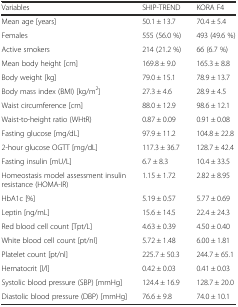
| Variables | SHIP-TREND | KORA F4 |
 | --- | --- | --- |
 | Mean age [years] | 50.1 ± 13.7 | 70.4 ± 5.4 |
 | Females | 555 (56.0 %) | 493 (49.6 %) |
 | Active smokers | 214 (21.2 %) | 66 (6.7 %) |
 | Mean body height [cm] | 169.8 ± 9.0 | 165.3 ± 8.8 |
 | Body weight [kg] | 79.0 ± 15.1 | 78.9 ± 13.7 |
 | Body mass index (BMI) [kg/m2] | 27.3 ± 4.6 | 28.9 ± 4.5 |
 | Waist circumference [cm] | 88.0 ± 12.9 | 98.6 ± 12.1 |
 | Waist-to-height ratio (WHtR) | 0.87 ± 0.09 | 0.91 ± 0.08 |
 | Fasting glucose [mg/dL] | 97.9 ± 11.2 | 104.8 ± 22.8 |
 | 2-hour glucose OGTT [mg/dL] | 117.3 ± 36.7 | 128.7 ± 42.4 |
 | Fasting insulin [mU/L] | 6.7 ± 8.3 | 10.4 ± 33.5 |
 | Homeostasis model assessment insulin resistance (HOMA-IR) | 1.15 ± 1.72 | 2.82 ± 8.95 |
 | HbA1c [%] | 5.19 ± 0.57 | 5.77 ± 0.69 |
 | Leptin [ng/mL] | 15.6 ± 14.5 | 22.4 ± 24.3 |
 | Red blood cell count [Tpt/L] | 4.63 ± 0.39 | 4.50 ± 0.40 |
 | White blood cell count [pt/nl] | 5.72 ± 1.48 | 6.00 ± 1.81 |
 | Platelet count [pt/nl] | 225.7 ± 50.3 | 244.7 ± 65.1 |
 | Hematocrit [l/l] | 0.42 ± 0.03 | 0.41 ± 0.03 |
 | Systolic blood pressure (SBP) [mmHg] | 124.4 ± 16.9 | 128.7 ± 20.0 |
 | Diastolic blood pressure (DBP) [mmHg] | 76.6 ± 9.8 | 74.0 ± 10.1 |